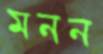
মনন